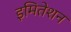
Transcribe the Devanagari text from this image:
इमितेशन